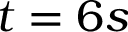
t = 6 s